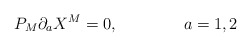
\begin{align*}P_{M}\partial_{a}X^{M} = 0,\qquad\qquad a=1,2\end{align*}